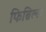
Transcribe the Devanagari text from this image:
फिब्रिल्स